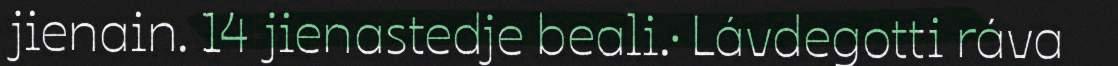
jienain. 14 jienastedje beali.· Lávdegotti ráva